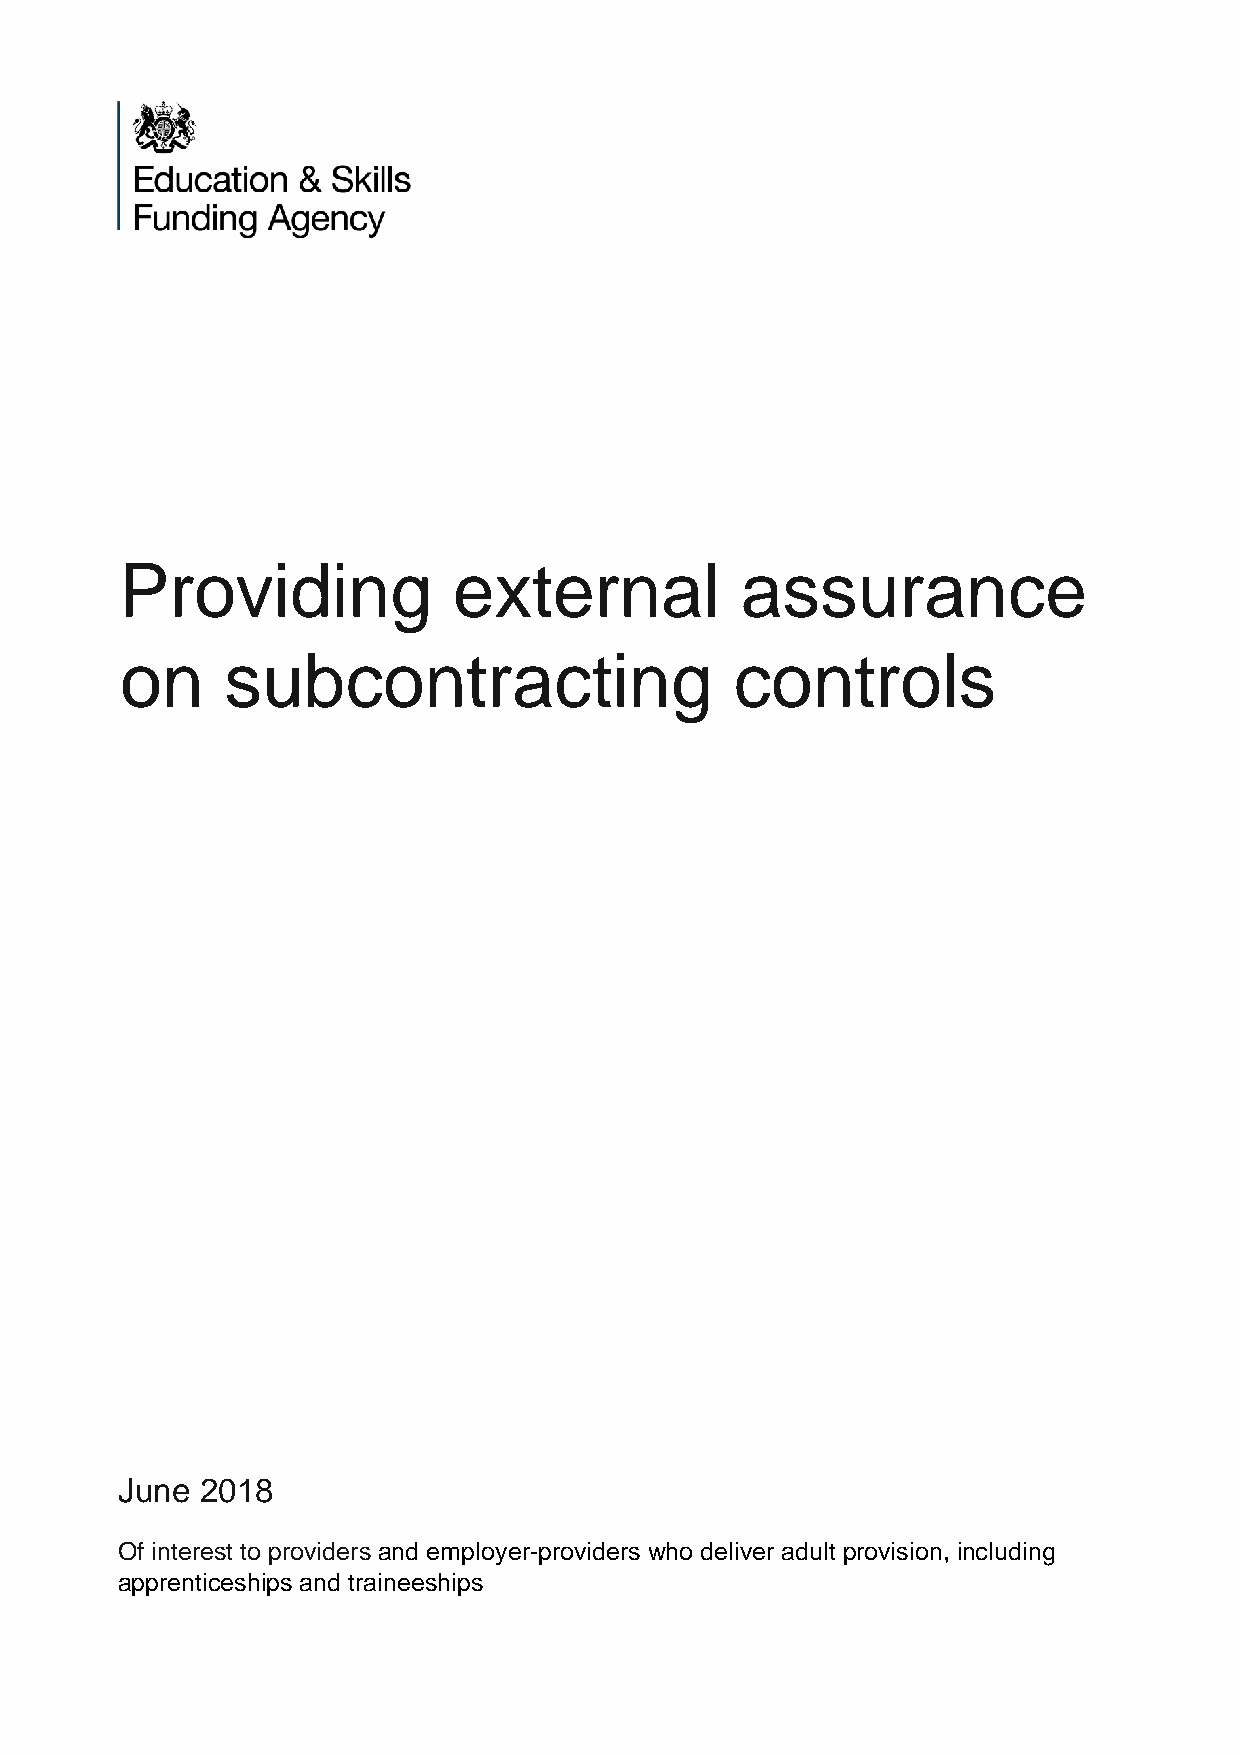
Providing             external           assurance
 on     subcontracting                    controls
 June 2018
 Of interest to providers and employer-providers who deliver adult provision, including
 apprenticeships and traineeships